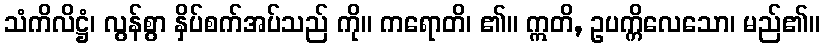
သံကိလိဋ္ဌံ၊ လွန်စွာ နှိပ်စက်အပ်သည် ကို။ ကရောတိ၊ ၏။ ဣတိ, ဥပက္ကိလေသော၊ မည်၏။